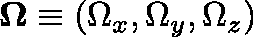
\mathbf { \Omega } \equiv ( \Omega _ { x } , \Omega _ { y } , \Omega _ { z } )